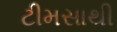
ટીમસાથી